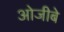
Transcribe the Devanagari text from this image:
ओजीबे